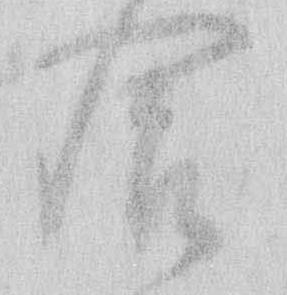
食